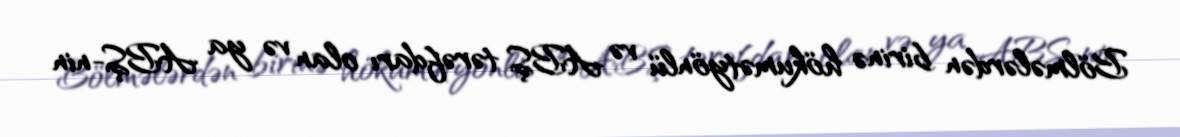
Bölmələrdən birinə hökumətyönlü və ABŞ tərəfdarı olan və ya ABŞ-nin